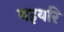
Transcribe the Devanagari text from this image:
बइयरि